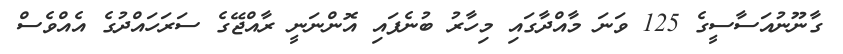
ގާނޫނުއަަސާސީގެ 125 ވަނަ މާއްދާގައި މިހާރު ބުނެފައި އޮންނަނީ ރާއްޖޭގެ ސަރަހައްދުގެ އެއްވެސް